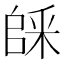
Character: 𠃆